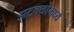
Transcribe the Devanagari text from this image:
झटक्यांमध्ये